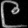
Digit: ၉